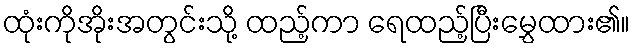
ထုံးကိုအိုးအတွင်းသို့ ထည့်ကာ ရေထည့်ပြီးမွှေထား၏။